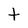
Character: t